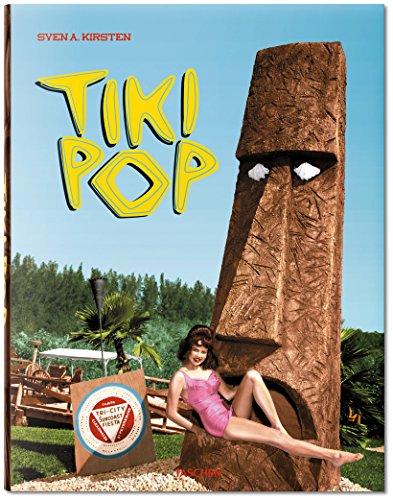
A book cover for Tiki Pop: America imagines its own Polynesian Paradise; Sven Kirsten; Arts & Photography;